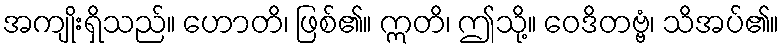
အကျိုးရှိသည်။ ဟောတိ၊ ဖြစ်၏။ ဣတိ၊ ဤသို့။ ဝေဒိတဗ္ဗံ၊ သိအပ်၏။